Statistical return of the lunatic asylum in Assam - 1912-1932
Year: 1912
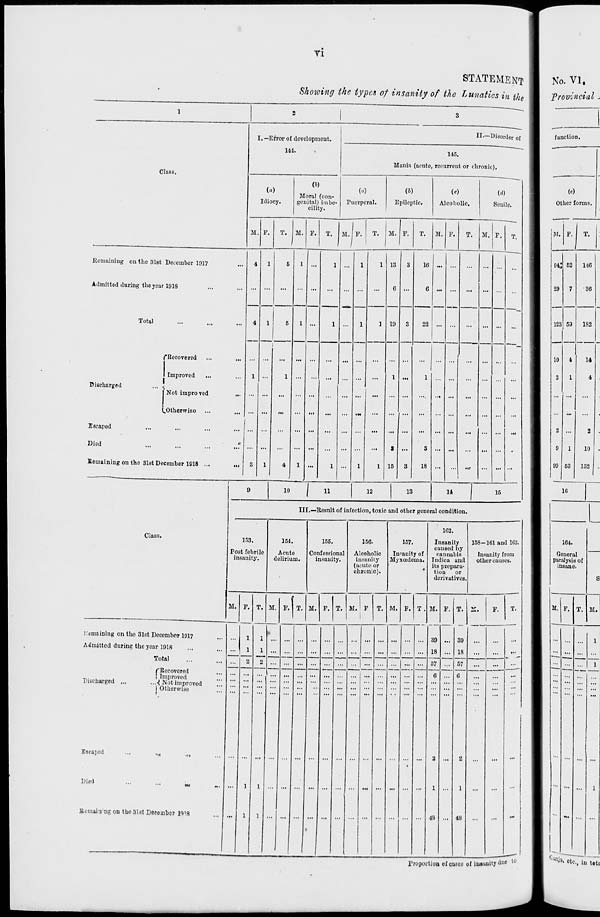
VI
STATEMENT
Shoiving the types of insanity of tie Lunatics in the
Class.
I. — Error of development.
141.
II.—Disorder of
145.
Mania (acute, recurrent or chronic).
Idiocy.
(i)
Moral (con-
genital) imbe-
cility.
(a)
Puerperal.
(fc)
Epileptic.
(<•)
Alcoholic.
Senile.
M.
M. P. T. M. F. T. M. V.
M.
T. M. F.
Remaining on the 3lBt December 1917
Admitted during the year 1918
Total
("Recovered
Improved
Not impro ved
(.Otherwise
Discharged
Escaped
Died
Remaining on the 81st December 1918
i:t
19
is
16
18
Class.
10
11
12
13
14
15
III.—Result of infection, toxic and other general condition.
153.
Post febrile
insanity.
154.
Acute
delirium.
155.
Confessional
insanity.
M. F. T. M. F. T. M. F. T.
156.
Alcoholic
insanity
(acute or
chronic).
157.
Insanity of
Myxcedema.
102.
Insanity
caused by
rannabis
Indiea and
its prepara-
tion or
derivatives
158-161 and 1C3.
Insanity from
other causes.
M. ' F T. M. P.
Hemaining on the 31st December 1917
Admitted during the year 1918
...
Total
"Discharged
/'Recovered
j Improved
...•< Not improved
I Otherwise
Escaped
Died
""
-«t
Kernaiu ng on the 31st December p}i8
...
1
M. P. T.
F.
48
_~-
39
18
...
...
57
...
6
1
48
...
Proportion of cases of intimity due
to
No. VI,
provincial
function.
Other forms.
M. F.
T.
29
123
10
2
9
99
52
7
59
4
1
...
1
53
146
30
182
14
4
2
10
152
10
164.
General
paralysis of
insane.
M. F. T. M.
Qaj Dja - etc., in tot-